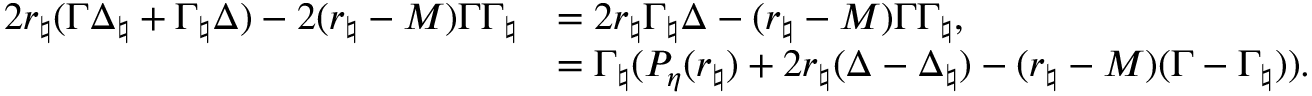
\begin{array} { r l } { 2 r _ { \natural } ( \Gamma \Delta _ { \natural } + \Gamma _ { \natural } \Delta ) - 2 ( r _ { \natural } - M ) \Gamma \Gamma _ { \natural } } & { = 2 r _ { \natural } \Gamma _ { \natural } \Delta - ( r _ { \natural } - M ) \Gamma \Gamma _ { \natural } , } \\ & { = \Gamma _ { \natural } ( P _ { \eta } ( r _ { \natural } ) + 2 r _ { \natural } ( \Delta - \Delta _ { \natural } ) - ( r _ { \natural } - M ) ( \Gamma - \Gamma _ { \natural } ) ) . } \end{array}